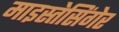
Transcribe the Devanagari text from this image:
माइस्तेसिंगेर